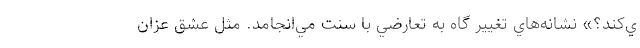
ي‌كند؟» نشانه‌هاي تغيير گاه به تعارضي با سنت مي‌انجامد. مثل عشق عزّان